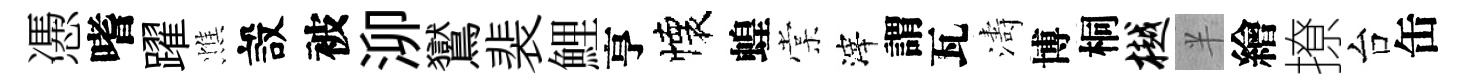
慿嗜躍憔設被泖鸑裴鯉亨懐蝗棠滓謂瓦濤博桐樾半繪撩台缶